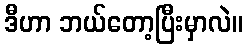
ဒီဟာ ဘယ်တော့ပြီးမှာလဲ။